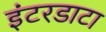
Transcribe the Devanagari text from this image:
इंटरडाटा